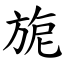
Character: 旎